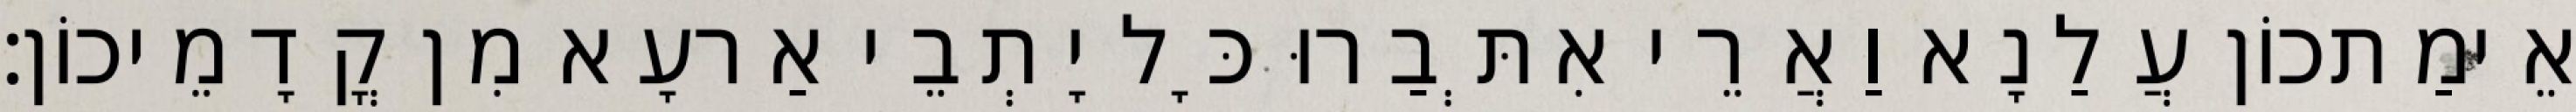
אֵימַתכוֹן עֲלַנָא וַאֲרֵי אִתְּבַרוּ כָּל יָתְבֵי אַרעָא מִן קֳדָמֵיכוֹן׃